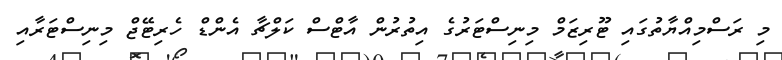
މި ރަސްމިއްޔާތުގައި ޓޫރިޒަމް މިނިސްޓަރުގެ އިތުރުން އާޓްސް ކަލްޗާ އެންޑް ހެރިޓޭޖް މިނިސްޓަރާއި